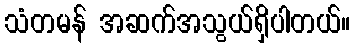
သံတမန် အဆက်အသွယ်ရှိပါတယ်။